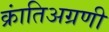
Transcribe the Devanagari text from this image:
क्रांतिअग्रणी